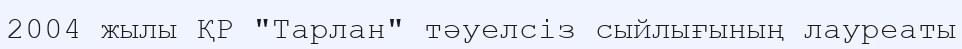
2004 жылы ҚР "Тарлан" тәуелсіз сыйлығының лауреаты